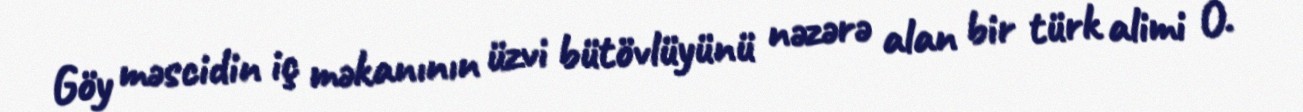
Göy məscidin iç məkanının üzvi bütövlüyünü nəzərə alan bir türk alimi O.